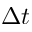
\Delta t